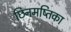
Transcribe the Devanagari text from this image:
छिनमष्तिका